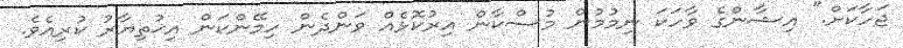
ޖަހާކަށް." އިޝާންގެ ވާހަކަ ނިމުމުން މުސްކާން އިރުކޮޅެއް ވަންދެން ހިމޭންކަން އިޚުތިޔާރު ކުރިއެވެ.